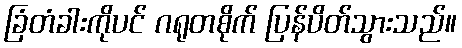
ခြံတံခါးကိုပင် ဂရုတစိုက် ပြန်ပိတ်သွားသည်။